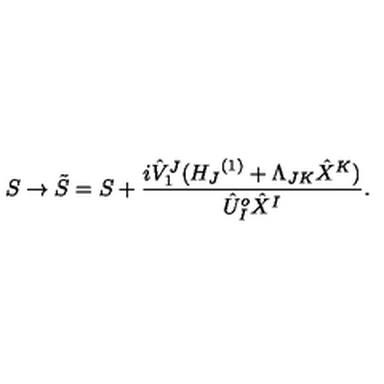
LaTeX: S \rightarrow { \tilde { S } } = S + \frac { i { { \hat { V } } _ { 1 } } ^ { J } ( { H _ { J } } ^ { ( 1 ) } + \Lambda _ { J K } { \hat { X } } ^ { K } ) } { { \hat { U } } _ { I } ^ { o } { \hat { X } } ^ { I } } .